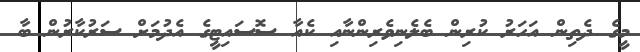
މީގެ ދެތިން އަހަރު ކުރިން ބެލެނިވެރިންނާއި ކެއާ ސޮސައިޓީގެ އެދުމަށް ސަރުކާރުން ބާ